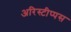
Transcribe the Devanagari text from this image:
अरिस्टीप्पस